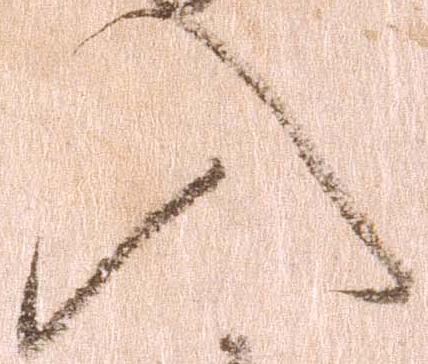
入